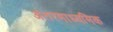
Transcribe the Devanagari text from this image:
अंतरमाध्यमिक